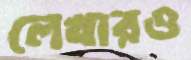
লেখারও